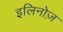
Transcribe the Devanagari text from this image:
इलिनोज़